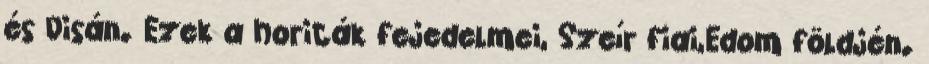
és Disán. Ezek a horiták fejedelmei, Szeír fiai,Edom földjén.